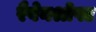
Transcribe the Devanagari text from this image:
रैवेनश्रोफ्ट